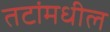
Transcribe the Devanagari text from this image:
तटांमधील